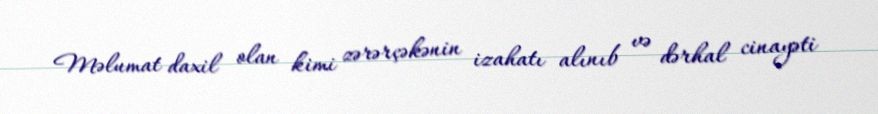
Məlumat daxil olan kimi zərərçəkənin izahatı alınıb və dərhal cinayəti